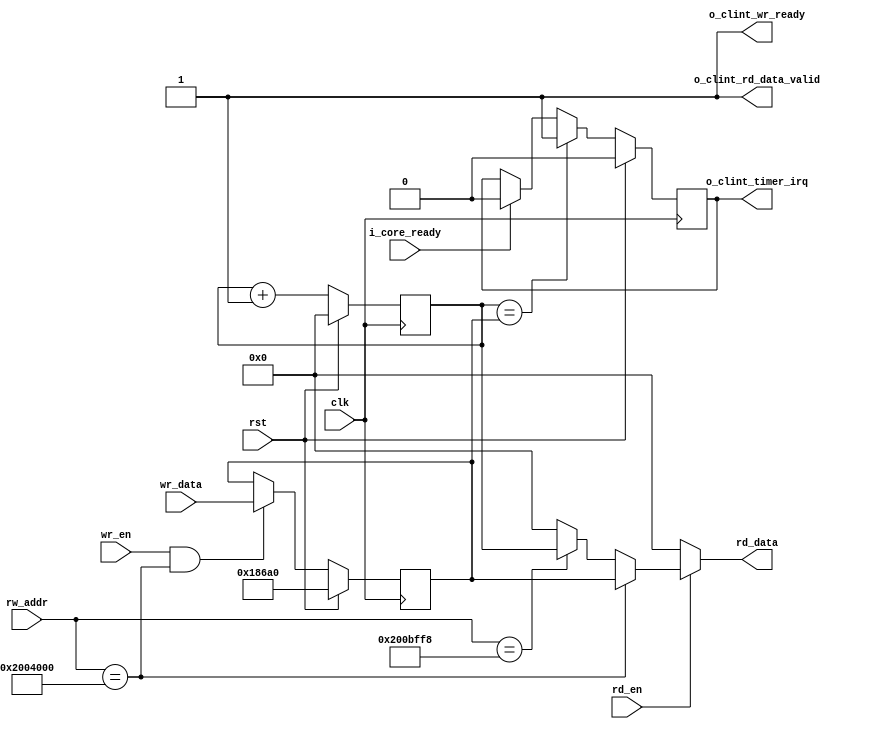
module riscv_clint #(
    parameter ADDR_WIDTH  = 64,
    parameter D_BUS_WIDTH = 64
)(
    input                              clk                   ,
    input                              rst                   ,

    input                              wr_en                 ,
    input                              rd_en                 ,
    input          [ADDR_WIDTH-1:0]    rw_addr               ,
    input          [D_BUS_WIDTH-1:0]   wr_data               ,
    output  reg    [D_BUS_WIDTH-1:0]   rd_data               ,
    output                             o_clint_rd_data_valid ,
    output                             o_clint_wr_ready      ,
    
    input                              i_core_ready          ,
    output  reg                        o_clint_timer_irq ='d0   

);

reg [D_BUS_WIDTH-1:0] mtime = 64'd0;
reg [D_BUS_WIDTH-1:0] mtimecmp = 'd100000; 

assign o_clint_wr_ready         = 1 ;    
assign o_clint_rd_data_valid    = 1 ;

always @(posedge clk) begin
    if(rst) begin
        mtime <= 'd0;
    end
    else begin
        mtime <= mtime + 1 ;
    end
end

always @(posedge clk ) begin
    if(rst) begin
        mtimecmp <= 'd100000;
    end
    else begin
        //if(wr_en && rw_addr == 64'h0000_0000_0200_4000)
        if(wr_en && rw_addr == 64'h0000_0000_0200_4000)
            mtimecmp <= wr_data ;
        else 
            mtimecmp <= mtimecmp ;
    end
end

always @(*) begin
    if(rd_en) begin
        if(rw_addr == 64'h0000_0000_0200_4000)        rd_data = mtimecmp ;
        else if(rw_addr == 64'h0000_0000_0200_BFF8)   rd_data = mtime    ;
        else rd_data = 'd0 ;
    end
    else begin
        rd_data = 'd0 ;
    end
end

always @(posedge clk) begin
    if(rst) begin
        o_clint_timer_irq <= 0;
    end
    else if(mtime == mtimecmp) begin
        o_clint_timer_irq <= 1 ;
    end
    else if(i_core_ready) begin
        o_clint_timer_irq <= 0 ;
    end    
    else begin
        o_clint_timer_irq <= o_clint_timer_irq ;
    end
end

endmodule